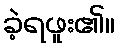
ခဲ့ရဖူး၏။